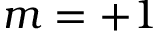
m = + 1